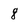
Character: 8